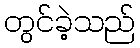
တွင်ခဲ့သည်